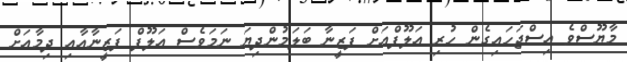
މާޔޫސްވެ އިސްޖަހައިގެން ހުރި އަލޫފްއަށް ފަޒީނާ ބަލަމުންދިޔަ ނަމަވެސް އަލޫފް ފަޒީނާއާއި ދިމާއަށް